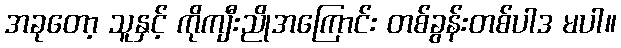
အခုတော့ သူနှင့် ကိုကျီးညိုအကြောင်း တစ်ခွန်းတစ်ပါဒ မပါ။